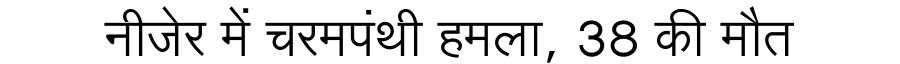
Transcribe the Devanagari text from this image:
नीजेर में चरमपंथी हमला, 38 की मौत